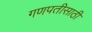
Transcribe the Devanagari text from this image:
गणपतीसाठी